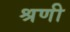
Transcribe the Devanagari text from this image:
श्रणी